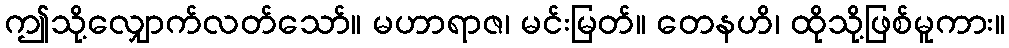
ဤသို့လျှောက်လတ်သော်။ မဟာရာဇ၊ မင်းမြတ်။ တေနဟိ၊ ထိုသို့ဖြစ်မူကား။